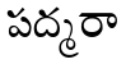
పద్మరా